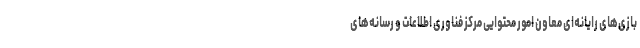
بازی‌های رایانه‌ای معاون امور محتوایی مرکز فناوری اطلاعات و رسانه‌های